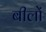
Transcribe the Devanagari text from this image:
बीलों